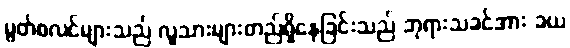
မွတ်စလင်များသည် လူသားများတည်ရှိနေခြင်းသည် ဘုရားသခင်အား ခယ